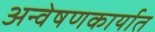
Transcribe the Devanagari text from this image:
अन्वेषणकार्यात